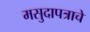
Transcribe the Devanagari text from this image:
मसुदापत्राचे